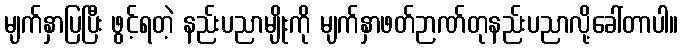
မျက်နှာပြပြီး ဖွင့်ရတဲ့ နည်းပညာမျိုးကို မျက်နှာဖတ်ဉာဏ်တုနည်းပညာလို့ခေါ်တာပါ။